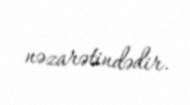
nəzarətindədir.